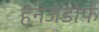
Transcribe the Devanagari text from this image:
हेनजेंडोर्फ